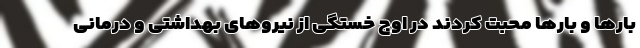
بارها و بارها محبت کردند در اوج خستگی از نیروهای بهداشتی و درمانی